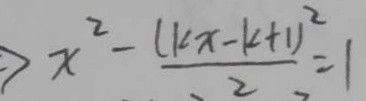
x ^ { 2 } - \frac { ( k x - k + 1 ) ^ { 2 } } { 2 } = 1